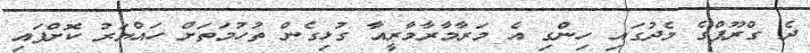
ދެ ގްރޫޕްގެ މެދުގައި ހިންގި އެ މަރާމާރާމާރީއާ ގުޅިގެން ތުހުމަތަށް ހައްޔަރު ކޮށްފައި